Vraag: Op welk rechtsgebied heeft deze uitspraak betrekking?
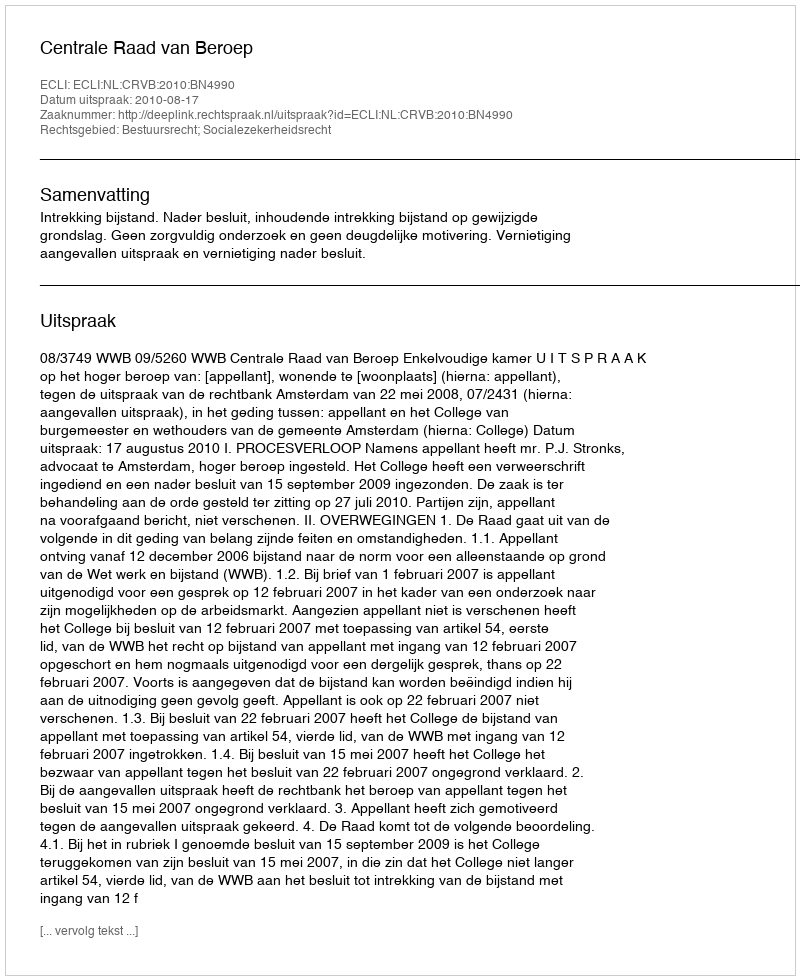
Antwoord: Bestuursrecht; Socialezekerheidsrecht